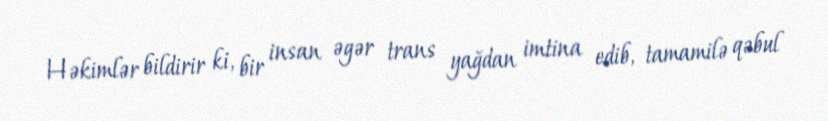
Həkimlər bildirir ki, bir insan əgər trans yağdan imtina edib, tamamilə qəbul